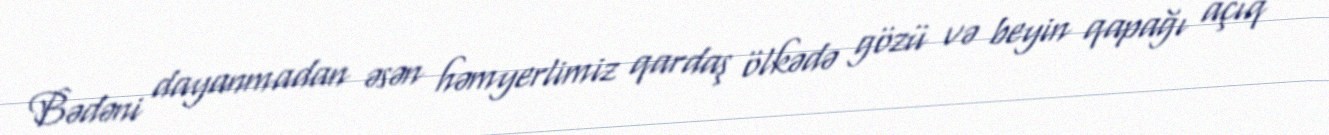
Bədəni dayanmadan əsən həmyerlimiz qardaş ölkədə gözü və beyin qapağı açıq